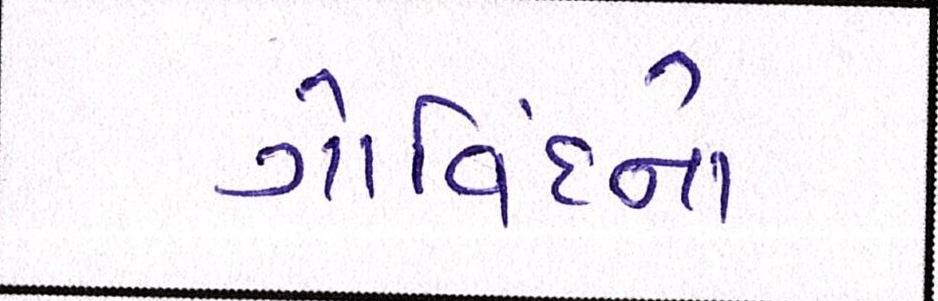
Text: ગોવિંદનો